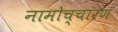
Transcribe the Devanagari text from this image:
नामोच्चारण